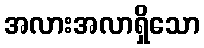
အလားအလာရှိသော